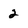
Character: 2